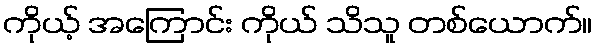
ကိုယ့် အကြောင်း ကိုယ် သိသူ တစ်ယောက်။